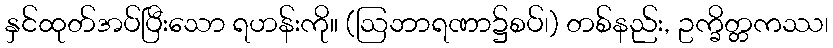
နှင်ထုတ်အပ်ပြီးသော ရဟန်းကို။ (ဩဘာရဏာ၌စပ်၊) တစ်နည်း, ဥက္ခိတ္တကဿ၊